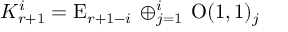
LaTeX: K _ { r + 1 } ^ { i } = \mathrm { E } _ { r + 1 - i } \, \oplus _ { j = 1 } ^ { i } \, \mathrm { O } ( 1 , 1 ) _ { j }